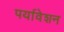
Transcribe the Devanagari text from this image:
पर्यावेशन